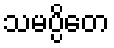
သမပ္ပိတေ